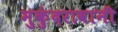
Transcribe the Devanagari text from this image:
मुकुंदरावानी